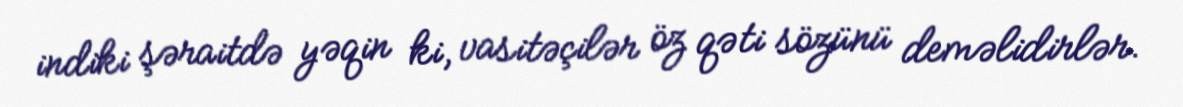
indiki şəraitdə yəqin ki, vasitəçilər öz qəti sözünü deməlidirlər.